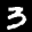
Label: 3